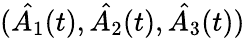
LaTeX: (\hat{A_{1}}(t),\hat{A_{2}}(t),\hat{A_{3}}(t))